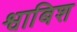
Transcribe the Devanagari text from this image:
श्वाबिश